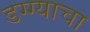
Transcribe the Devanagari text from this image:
डग्ग्याचा